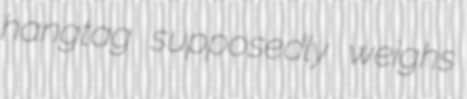
hangtag supposedly weighs